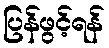
ပြန်ဖွင့်ရန်